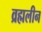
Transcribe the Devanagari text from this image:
व्रह्मलीन